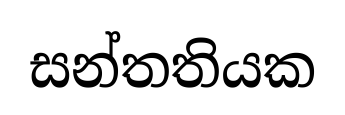
සන්තතියක